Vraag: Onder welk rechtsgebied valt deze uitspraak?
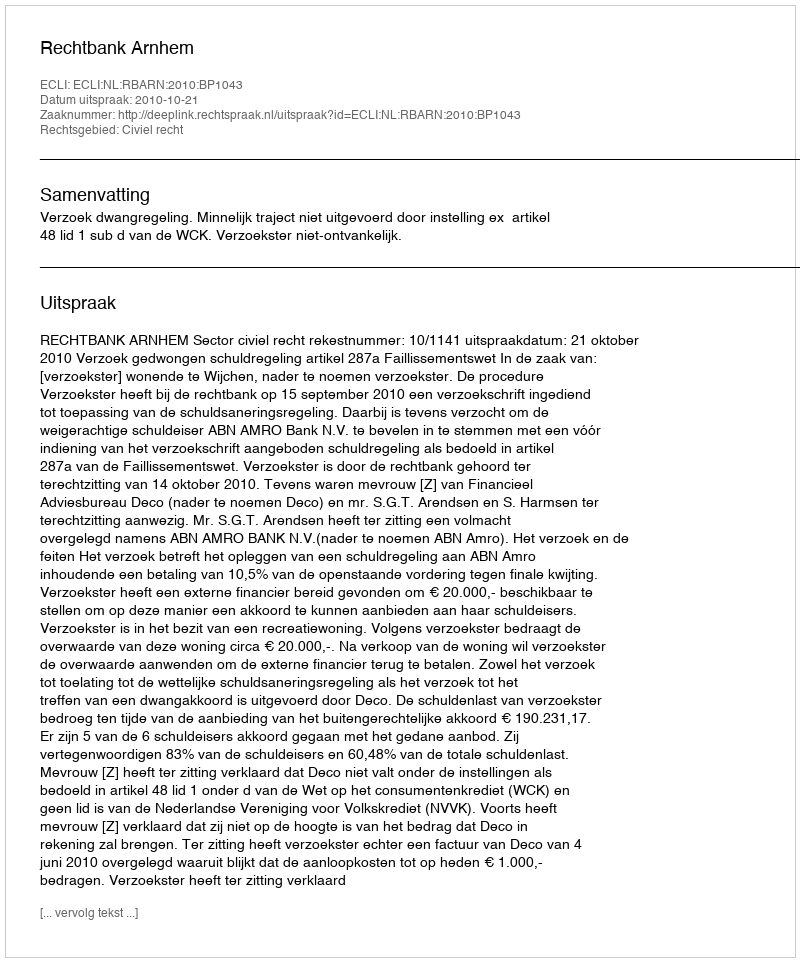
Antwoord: Civiel recht